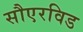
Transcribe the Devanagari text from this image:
सौएरविड